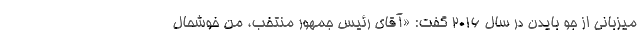
میزبانی از جو بایدن در سال 2016 گفت: «آقای رئیس جمهور منتخب، من خوشحال